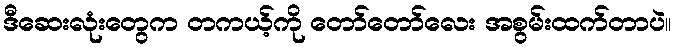
ဒီဆေးလုံးတွေက တကယ့်ကို တော်တော်လေး အစွမ်းထက်တာပဲ။